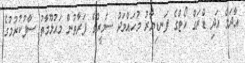
އާދަމް އަދި ޑްރަގް ކޯޓްގެ ފަނޑިޔާރު މުހައްމަދު ސަމީރުގެ ފަރާތުން މައުލޫމާތު ސާފުކުރުމުގެ